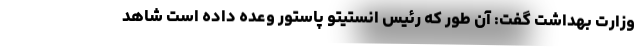
وزارت بهداشت گفت: آن طور که رئیس انستیتو پاستور وعده داده است شاهد